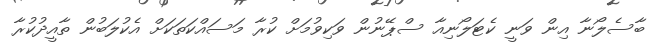
ބާސެލޯނާ އިން ވަނީ ކެޓަލޯނިއާ ސްޕޭނުން ވަކިވުމަށް ކުރާ މަސައްކަތަކަށް އެކުލަބުން ތާއީދުކުރާ